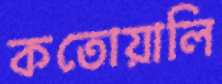
কতোয়ালি